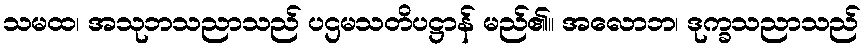
သမထ၊ အသုဘသညာသည် ပဌမသတိပဋ္ဌာန် မည်၏။ အလောဘ၊ ဒုက္ခသညာသည်